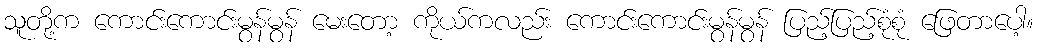
သူတို့က ကောင်းကောင်းမွန်မွန် မေးတော့ ကိုယ်ကလည်း ကောင်းကောင်းမွန်မွန် ပြည့်ပြည့်စုံစုံ ဖြေတာပေါ့။